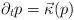
LaTeX: \begin{align*}\partial_t p = \vec{\kappa}(p)\end{align*}